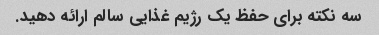
سه نکته برای حفظ یک رژیم غذایی سالم ارائه دهید.